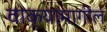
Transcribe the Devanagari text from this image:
वाक्यामागील